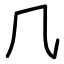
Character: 𠘨